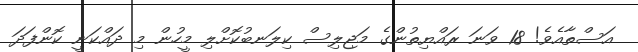
އަސްތާއެވެ! 18 ވަނަ ރައްޔިތުންގެ މަޖިލިސް ކިލަނބުކޮށްލި މީހުން މި ދައްކަނީ ކޮންފަދަ